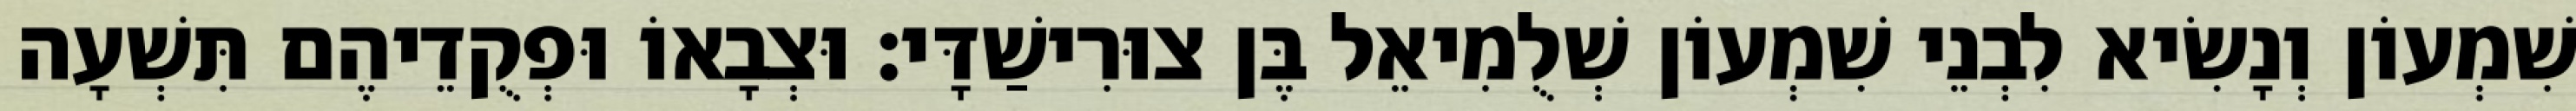
שִׁמְעוֹן וְנָשִׂיא לִבְנֵי שִׁמְעוֹן שְׁלֻמִיאֵל בֶּן צוּרִישַׁדָּי׃ וּצְבָאוֹ וּפְקֻדֵיהֶם תִּשְׁעָה